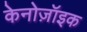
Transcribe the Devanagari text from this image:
केनोज़ॉइक